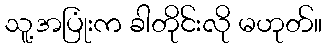
သူ့အပြုံးက ခါတိုင်းလို မဟုတ်။